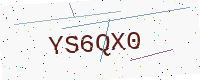
Text: YS6QX0